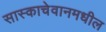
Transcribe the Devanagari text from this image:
सास्काचेवानमधील